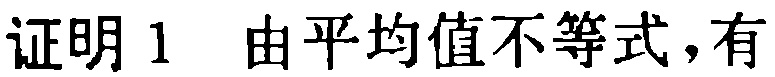
证明 1 由平均值不等式，有